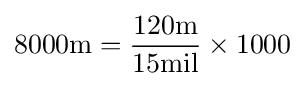
8000{\text{m}}={\frac {120{\text{m}}}{15{\text{mil}}}}\times 1000